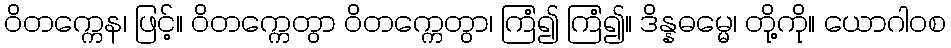
ဝိတက္ကေန၊ ဖြင့်။ ဝိတက္ကေတွာ ဝိတက္ကေတွာ၊ ကြံ၍ ကြံ၍။ ဒိန္နဓမ္မေ၊ တို့ကို။ ယောဂါဝစ